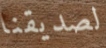
لصديقنا